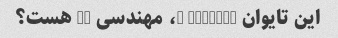
این تایوان 8234342 2، مهندسی ds هست؟